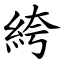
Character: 絝